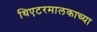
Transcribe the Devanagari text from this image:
थिएटरमालकाच्या